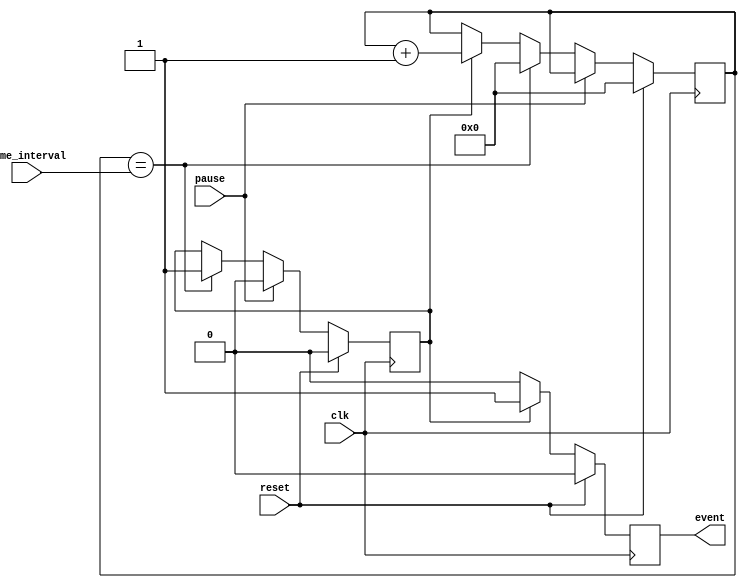
module EventTimer(
    input wire clk,
    input wire reset,
    input wire pause,
    input wire [31:0] time_interval,
    output reg event
);

reg [31:0] count;
reg enable;

always @(posedge clk) begin
    if(reset) begin
        count <= 32'h00000000;
        enable <= 1'b0;
    end else if(pause) begin
        enable <= 1'b0;
    end else if(count == time_interval) begin
        count <= 32'h00000000;
        enable <= 1'b1;
    end else if(enable) begin
        count <= count + 1;
    end else begin
        count <= count;
    end
end

always @(posedge clk) begin
    if(reset) begin
        event <= 1'b0;
    end else if(enable) begin
        event <= 1'b1;
    end else begin
        event <= 1'b0;
    end
end

endmodule